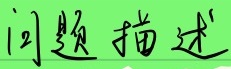
问题描述